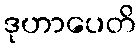
ဒုဟာပေတိ